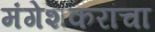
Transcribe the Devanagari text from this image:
मंगेशकरांचा